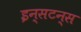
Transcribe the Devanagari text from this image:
इन्सटन्स